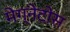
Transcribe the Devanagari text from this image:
मेग्नेटोस